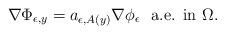
LaTeX: \begin{align*} \nabla\Phi_{\epsilon,y}=a_{\epsilon,A(y)}\nabla \phi_{\epsilon}\,\,\mbox{ a.e. in }\Omega.\end{align*}